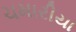
ચમારીયા